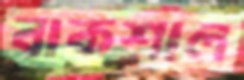
বাকশাল